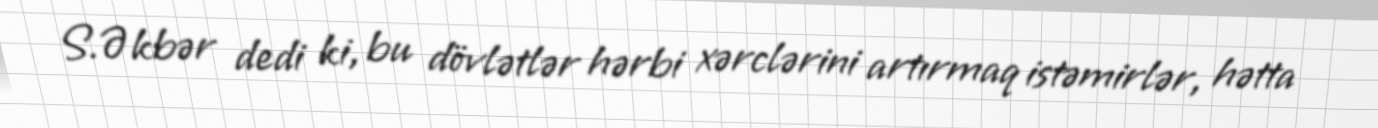
S.Əkbər dedi ki, bu dövlətlər hərbi xərclərini artırmaq istəmirlər, hətta